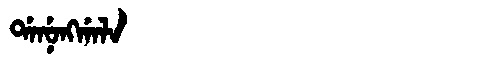
Manchu: ᡩᠠᠨᡠᠩᡤᠠᠯᠠ
Romanization: DANUNGGALA